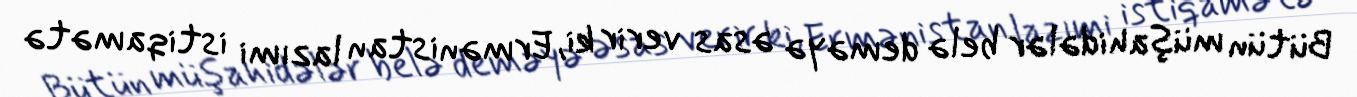
Bütün müşahidələr belə deməyə əsas verir ki, Ermənistan lazımi istiqamətə